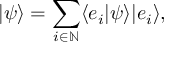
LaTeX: | \psi \rangle = \sum _ { i \in \mathbb { N } } \langle e _ { i } | \psi \rangle | e _ { i } \rangle ,